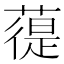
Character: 𦻀